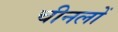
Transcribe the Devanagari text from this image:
चीनलों